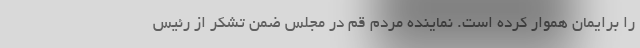
را برایمان هموار کرده است. نماینده مردم قم در مجلس ضمن تشکر از رئیس